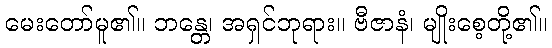
မေးတော်မူ၏။ ဘန္တေ၊ အရှင်ဘုရား။ ဗီဇာနံ၊ မျိုးစေ့တို့၏။